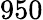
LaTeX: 950